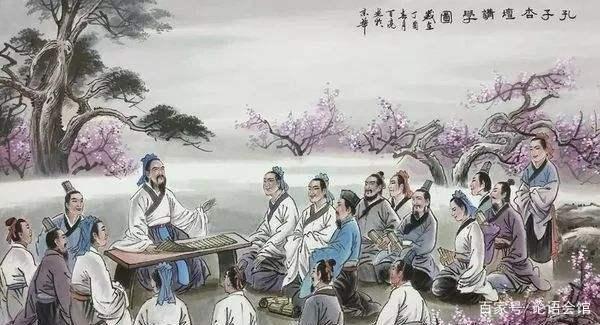
不诱于誉，不恐于诽，率道而行，端然正己。